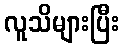
လူသိများပြီး